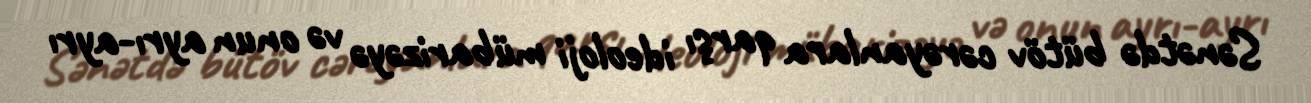
Sənətdə bütöv cərəyanlara qarşı ideoloji mübarizəyə və onun ayrı-ayrı